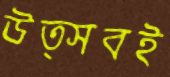
উত্সবই